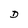
Character: D